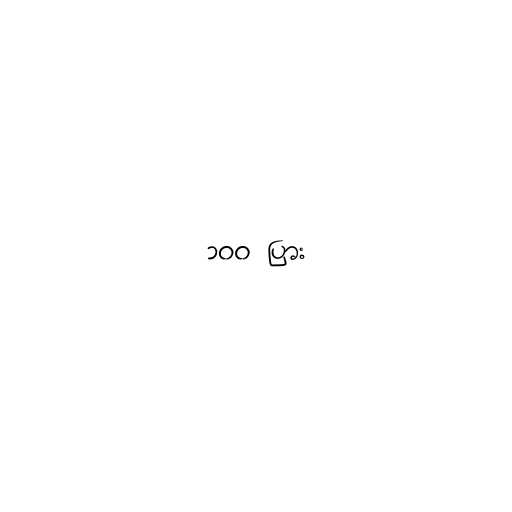
၁၀၀ ပြား